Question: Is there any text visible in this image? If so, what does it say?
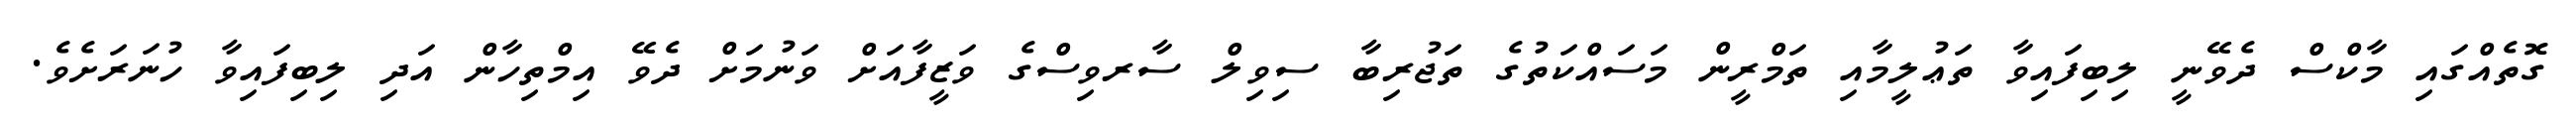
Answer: ގޮތެއްގައި މާކްސް ދެވޭނީ ލިބިފައިވާ ތަޢުލީމާއި ތަމްރީން މަސައްކަތުގެ ތަޖުރިބާ ސިވިލް ސާރވިސްގެ ވަޒީފާއަށް ވަނުމަށް ދެވޭ އިމްތިހާން އަދި ލިބިފައިވާ ހުނަރަށެވެ.